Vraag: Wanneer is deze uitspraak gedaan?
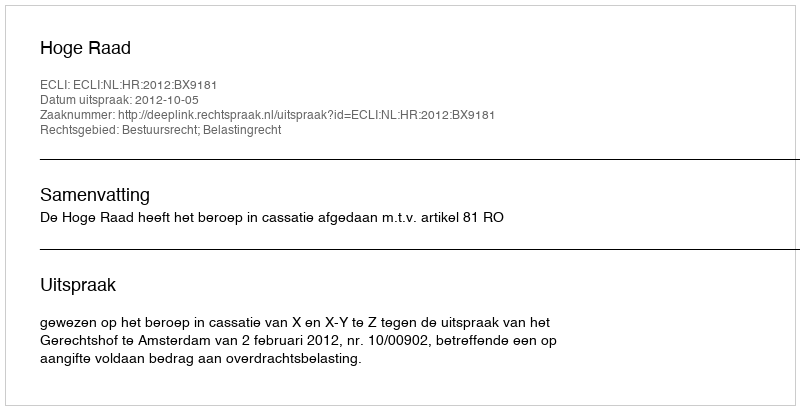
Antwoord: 2012-10-05